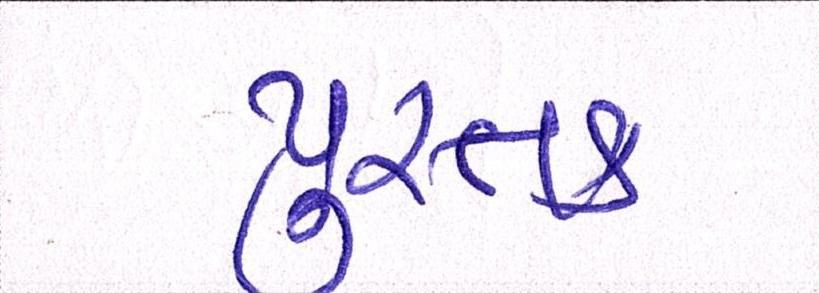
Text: પુસ્તક